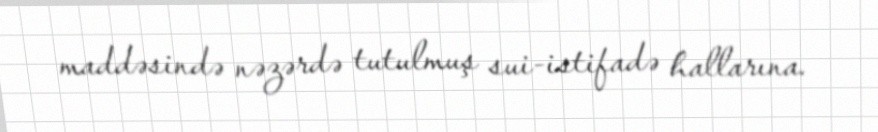
maddəsində nəzərdə tutulmuş sui-istifadə hallarına.